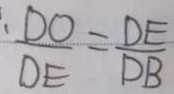
\frac { D O } { D E } = \frac { D E } { D B }